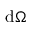
\mathrm { d } \Omega